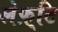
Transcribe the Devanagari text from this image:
लेफ़्टि